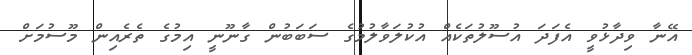
އޭނާ ވިދާޅުވީ އެފަދަ އުސޫލުތަކެއް އުކުލަވާލުމުގެ ސަބަބުން ގާނޫނީ އިމުގެ ތެރެއިން މޫސުމަށް